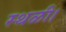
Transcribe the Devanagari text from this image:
स्थळी।